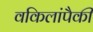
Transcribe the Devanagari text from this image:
वकिलांपैकी